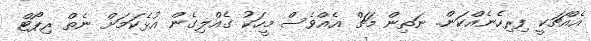
އެއްޗަކީ ފިރިހެނެއްކަން.. ނަތިން މަޗް އެއްވެސް މީހަކު ގެއްލިގެން އުޅެކަމަށް ނެތް ރިޕޯޓް